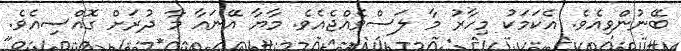
ބޭނުންވިއެވެ. އެކަމަކު މިހާރު މާ ލަސްވެއްޖެއެވެ. މާޔާ އޭނައާ މާ ދުރަށް ގޮއްސިއެވެ.